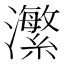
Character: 瀿